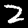
Label: 2